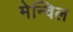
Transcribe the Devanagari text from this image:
मेन्विल